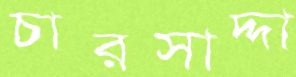
চারসাদ্দা